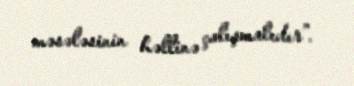
məsələsinin həllinə çalışmalıdır”.